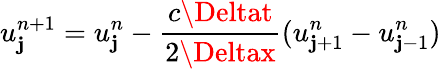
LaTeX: u_{\mathbf{j}}^{n+1}=u_{\mathbf{j}}^{n}-\frac{{c\Deltat}}{{2\Deltax}}(u_{\mathbf{j}+1}^{n}-u_{\mathbf{j}-1}^{n})